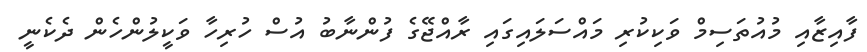
ފާއިޒާއި މުއުތަސިމް ވަކިކުރި މައްސަލައިގައި ރާއްޖޭގެ ފުންނާބު އުސް ހުރިހާ ވަކީލުންހެން ދެކެނީ